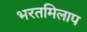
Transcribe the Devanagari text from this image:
भरतमिलाप